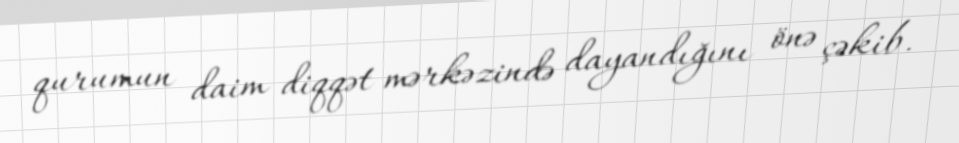
qurumun daim diqqət mərkəzində dayandığını önə çəkib.